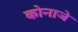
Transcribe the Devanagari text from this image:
कोनाजे